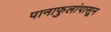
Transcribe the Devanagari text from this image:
पानाफुलांपासून